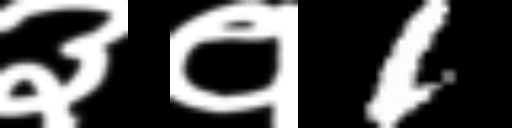
Text: ३१1